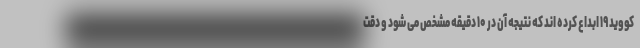
کووید ۱۹ ابداع کرده اند که نتیجه آن در ۱۰ دقیقه مشخص می شود و دقت